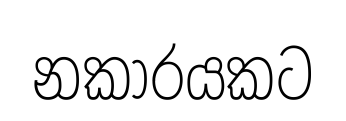
නකාරයකට